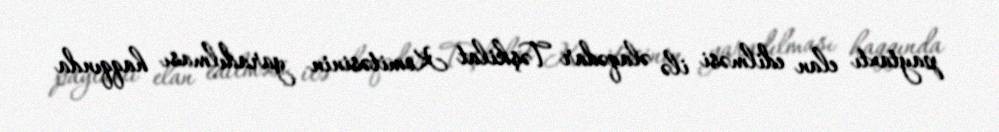
paytaxtı elan edilməsi ilə əlaqədar Təşkilat Komitəsinin yaradılması haqqında